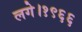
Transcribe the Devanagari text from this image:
लगे।१९६६